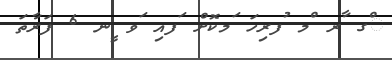
ްގ ާރ ްމ ުފރިހަ ަމކޮށް ަފއި ަވ ީނ 6 ފަރާތަ